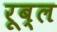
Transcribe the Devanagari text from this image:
रूब्ल